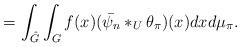
LaTeX: \begin{align*}=\int_{\hat{G}}^{} \int_{G}^{}f(x)(\bar{\psi_{n}}*_{U}\theta_{\pi})(x)dxd\mu_{\pi}.\end{align*}